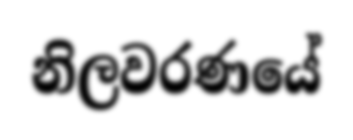
නිලවරණයේ